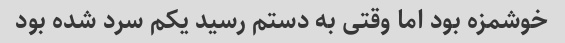
خوشمزه بود اما وقتی به دستم رسید یکم سرد شده بود